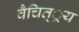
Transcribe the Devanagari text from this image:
वैचित््रय